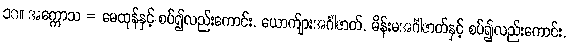
၁၀။ အက္ကောသ = မေထုန်နှင့် စပ်၍လည်းကောင်း, ယောက်ျားအင်္ဂါဇာတ်, မိန်းမအင်္ဂါဇာတ်နှင့် စပ်၍လည်းကောင်း,